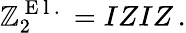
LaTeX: \mathbb{Z}_{2}^{\mathrm{~E~l~.~}}=IZIZ\, .